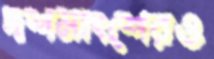
দশমাংশেরও